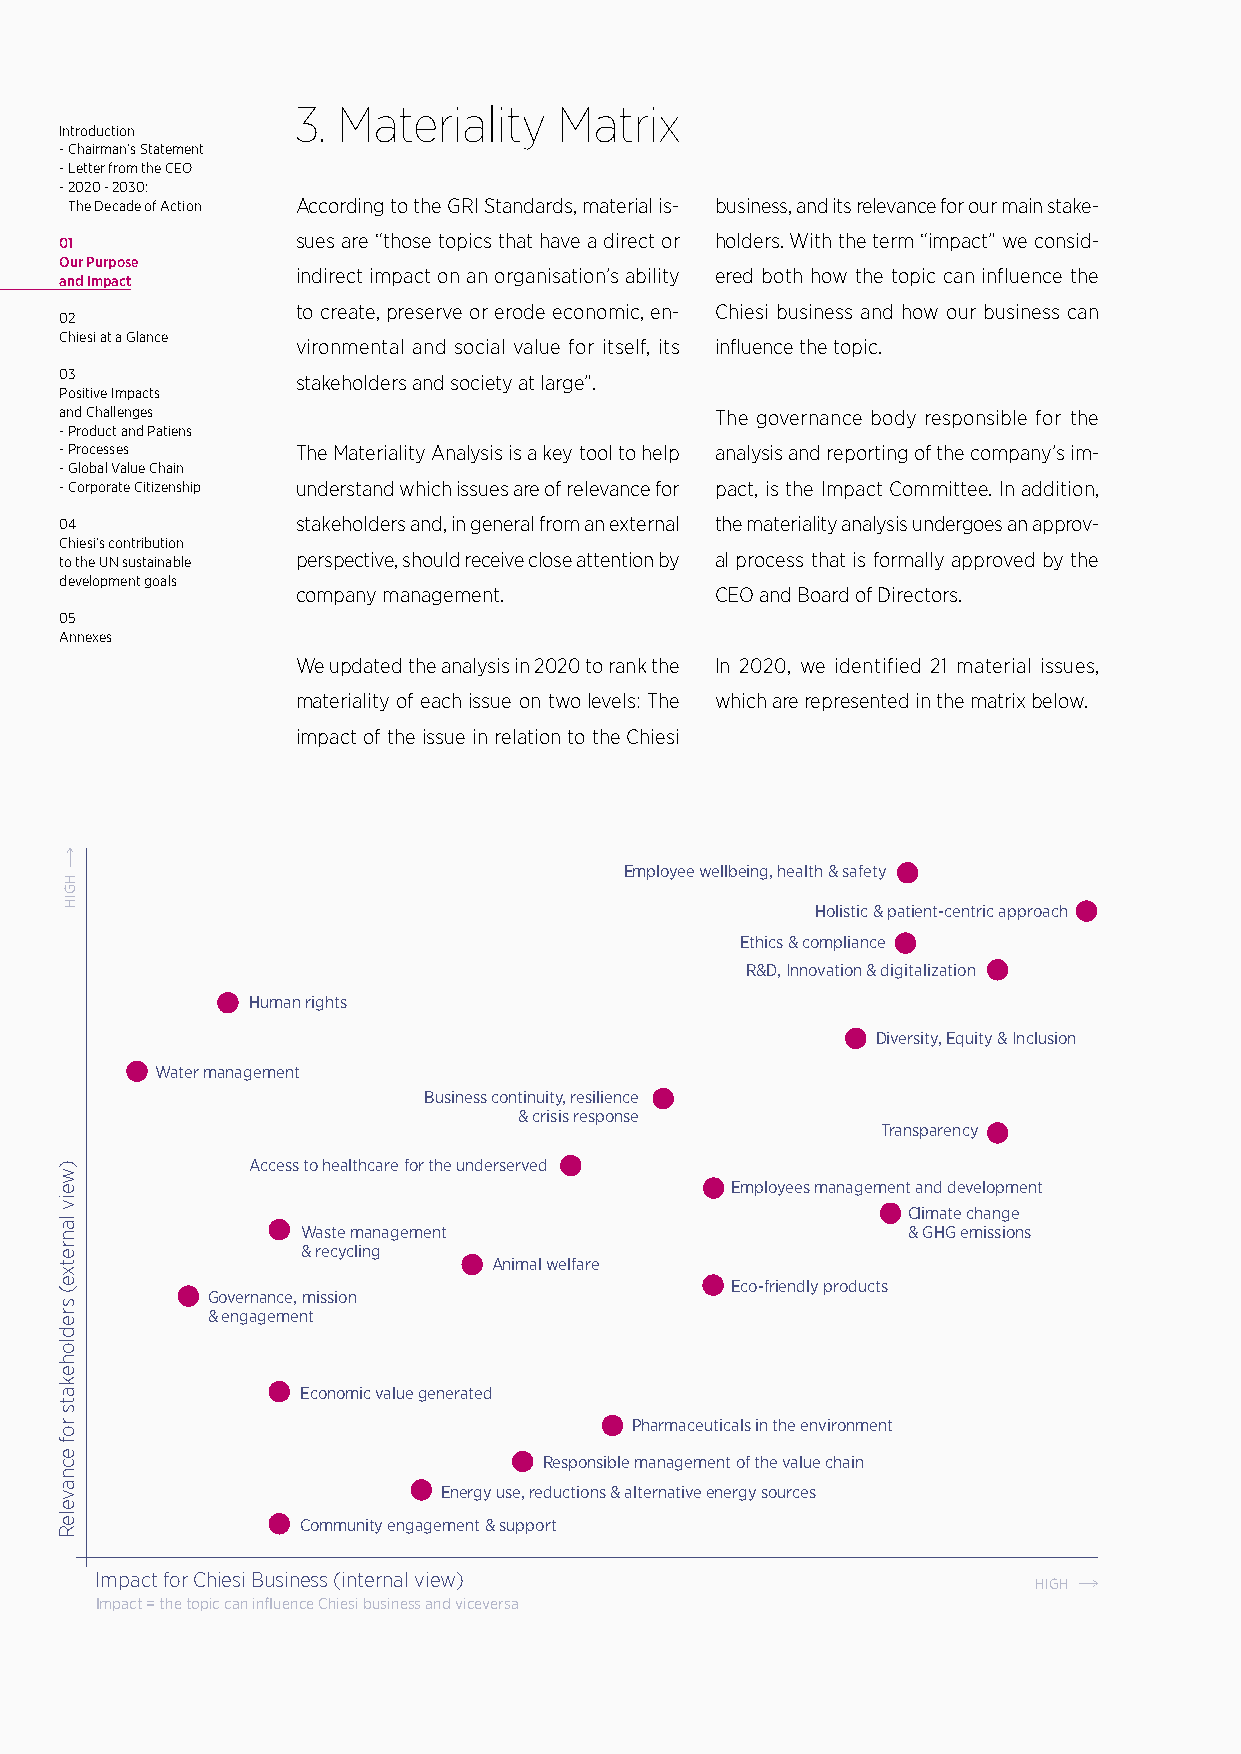
3. Materiality   Matrix
 Introduction
 - Chairman’s Statement
 - Letter from the CEO
 - 2020 - 2030:
 The Decade of Action According to the GRI Standards, material is- business, and its relevance for our main stake-
 01              sues are “those topics that have a direct or holders. With the term “impact” we consid-
 Our Purpose
 indirect impact on an organisation’s ability ered both how the topic can influence the
 and Impact
 to create, preserve or erode economic, en- Chiesi business and how our business can
 02
 Chiesi at a Glance
 vironmental and social value for itself, its influence the topic.
 03              stakeholders and society at large”.
 Positive Impacts
 and Challenges                             The governance body responsible for the
 - Product and Patiens
 - Processes     The Materiality Analysis is a key tool to help analysis and reporting of the company’s im-
 - Global Value Chain
 - Corporate Citizenship understand which issues are of relevance for pact, is the Impact Committee. In addition,
 04              stakeholders and, in general from an external the materiality analysis undergoes an approv-
 Chiesi’s contribution
 to the UN sustainable perspective, should receive close attention by al process that is formally approved by the
 development goals
 company management.        CEO and Board of Directors.
 05
 Annexes
 We updated the analysis in 2020 to rank the In 2020, we identified 21 material issues,
 materiality of each issue on two levels: The which are represented in the matrix below.
 impact of the issue in relation to the Chiesi
 Employee wellbeing, health & safety
 Holistic & patient-centric approach
 Ethics & compliance
 R&D, Innovation & digitalization
 Human rights
 Diversity, Equity & Inclusion
 Water management
 Business continuity, resilience
 & crisis response
 Transparency
 Access to healthcare for the underserved
 Employees management and development
 Climate change
 Waste management                        & GHG emissions
 & recycling
 Animal welfare
 Eco-friendly products
 Governance, mission
 & engagement
 Economic value generated
 Pharmaceuticals in the environment
 Responsible management of the value chain
 Energy use, reductions & alternative energy sources
 Community engagement & support
 Impact for Chiesi Business (internal view)
 HIGH
 Impact = the topic can influence Chiesi business and viceversa
 )weiv
 lanretxe(
 sredlohekats
 rof
 ecnaveleR
 HGIH